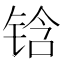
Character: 𰾅